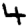
Digit: 4